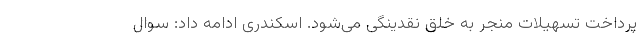
پرداخت تسهیلات منجر به خلق نقدینگی می‌شود. اسکندری ادامه داد: سوال